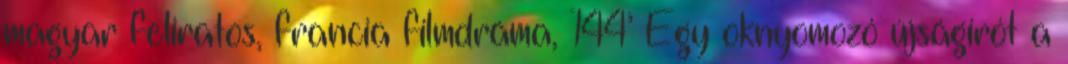
magyar feliratos, francia filmdráma, 144’ Egy oknyomozó újságírót a